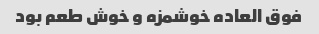
فوق العاده خوشمزه و خوش طعم بود